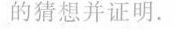
的猜想并证明。